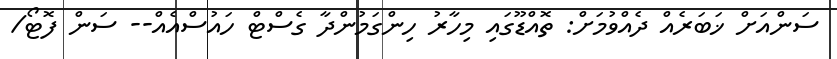
ސަންއަށް ޚަބަރެއް ދެއްވުމަށް: ތޮއްޑޫގައި މިހާރު ހިންގަމުންދާ ގެސްޓް ހައުސްއެއް-- ސަން ފޮޓޯ/